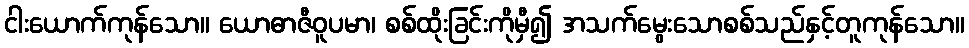
ငါးယောက်ကုန်သော။ ယောဓာဇီဝူပမာ၊ စစ်ထိုးခြင်းကိုမှီ၍ အသက်မွေးသောစစ်သည်နှင့်တူကုန်သော။